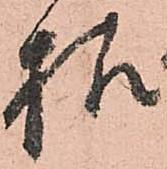
様